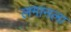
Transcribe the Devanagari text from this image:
लगानला